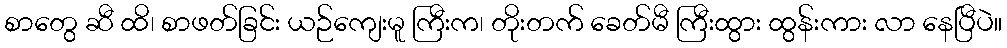
စာတွေ ဆီ ထိ၊ စာဖတ်ခြင်း ယဉ်ကျေးမူ ကြီးက၊ တိုးတက် ခေတ်မီ ကြီးထွား ထွန်းကား လာ နေပြီပဲ။